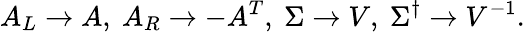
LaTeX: A_{L}\to A,\ A_{R}\to-A^{T},\ \Sigma\to V,\ \Sigma^{\dagger}\to V^{-1}.